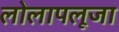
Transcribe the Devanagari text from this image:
लोलापलूजा